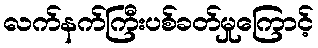
လက်နက်ကြီးပစ်ခတ်မှုကြောင့်